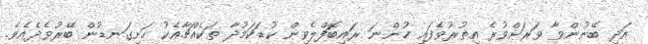
އަދި ބޭނުންވާ ވަރަށްވުރެ އިތުރުވެފައި ހުންނަ ރައިބޮފްލެވިން ކުޑަކަމުދާ ތަކެއްޗާއެކު ހަށިގަނޑުން ބޭރުވެދެއެވެ.